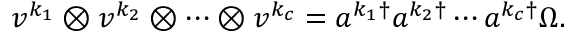
v ^ { k _ { 1 } } \otimes v ^ { k _ { 2 } } \otimes \cdots \otimes v ^ { k _ { c } } = a ^ { k _ { 1 } \dagger } a ^ { k _ { 2 } \dagger } \cdots a ^ { k _ { c } \dagger } \Omega .